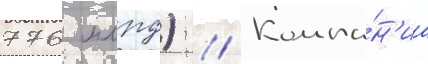
776 млрд) // Компа́н'иа